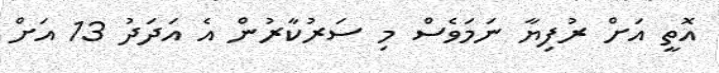
އޮތީ އަށް ރުފިޔާ ނަމަވެސް މި ސަރުކާރުން އެ އަދަދު 13 އަށް